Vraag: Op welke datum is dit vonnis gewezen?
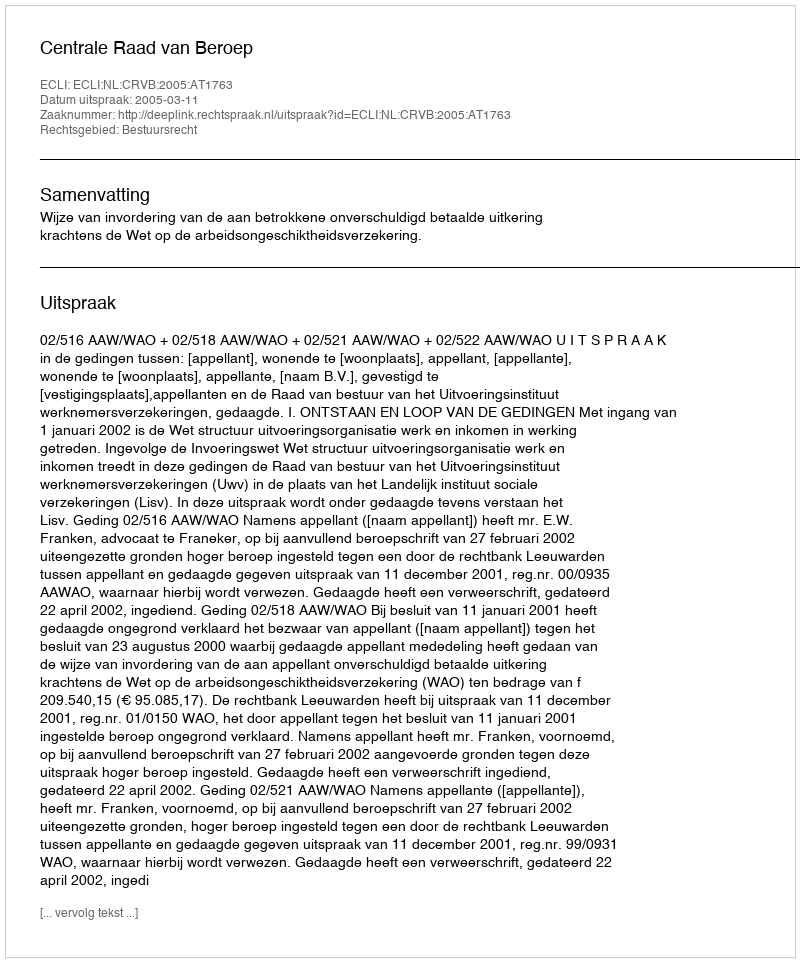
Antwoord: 2005-03-11